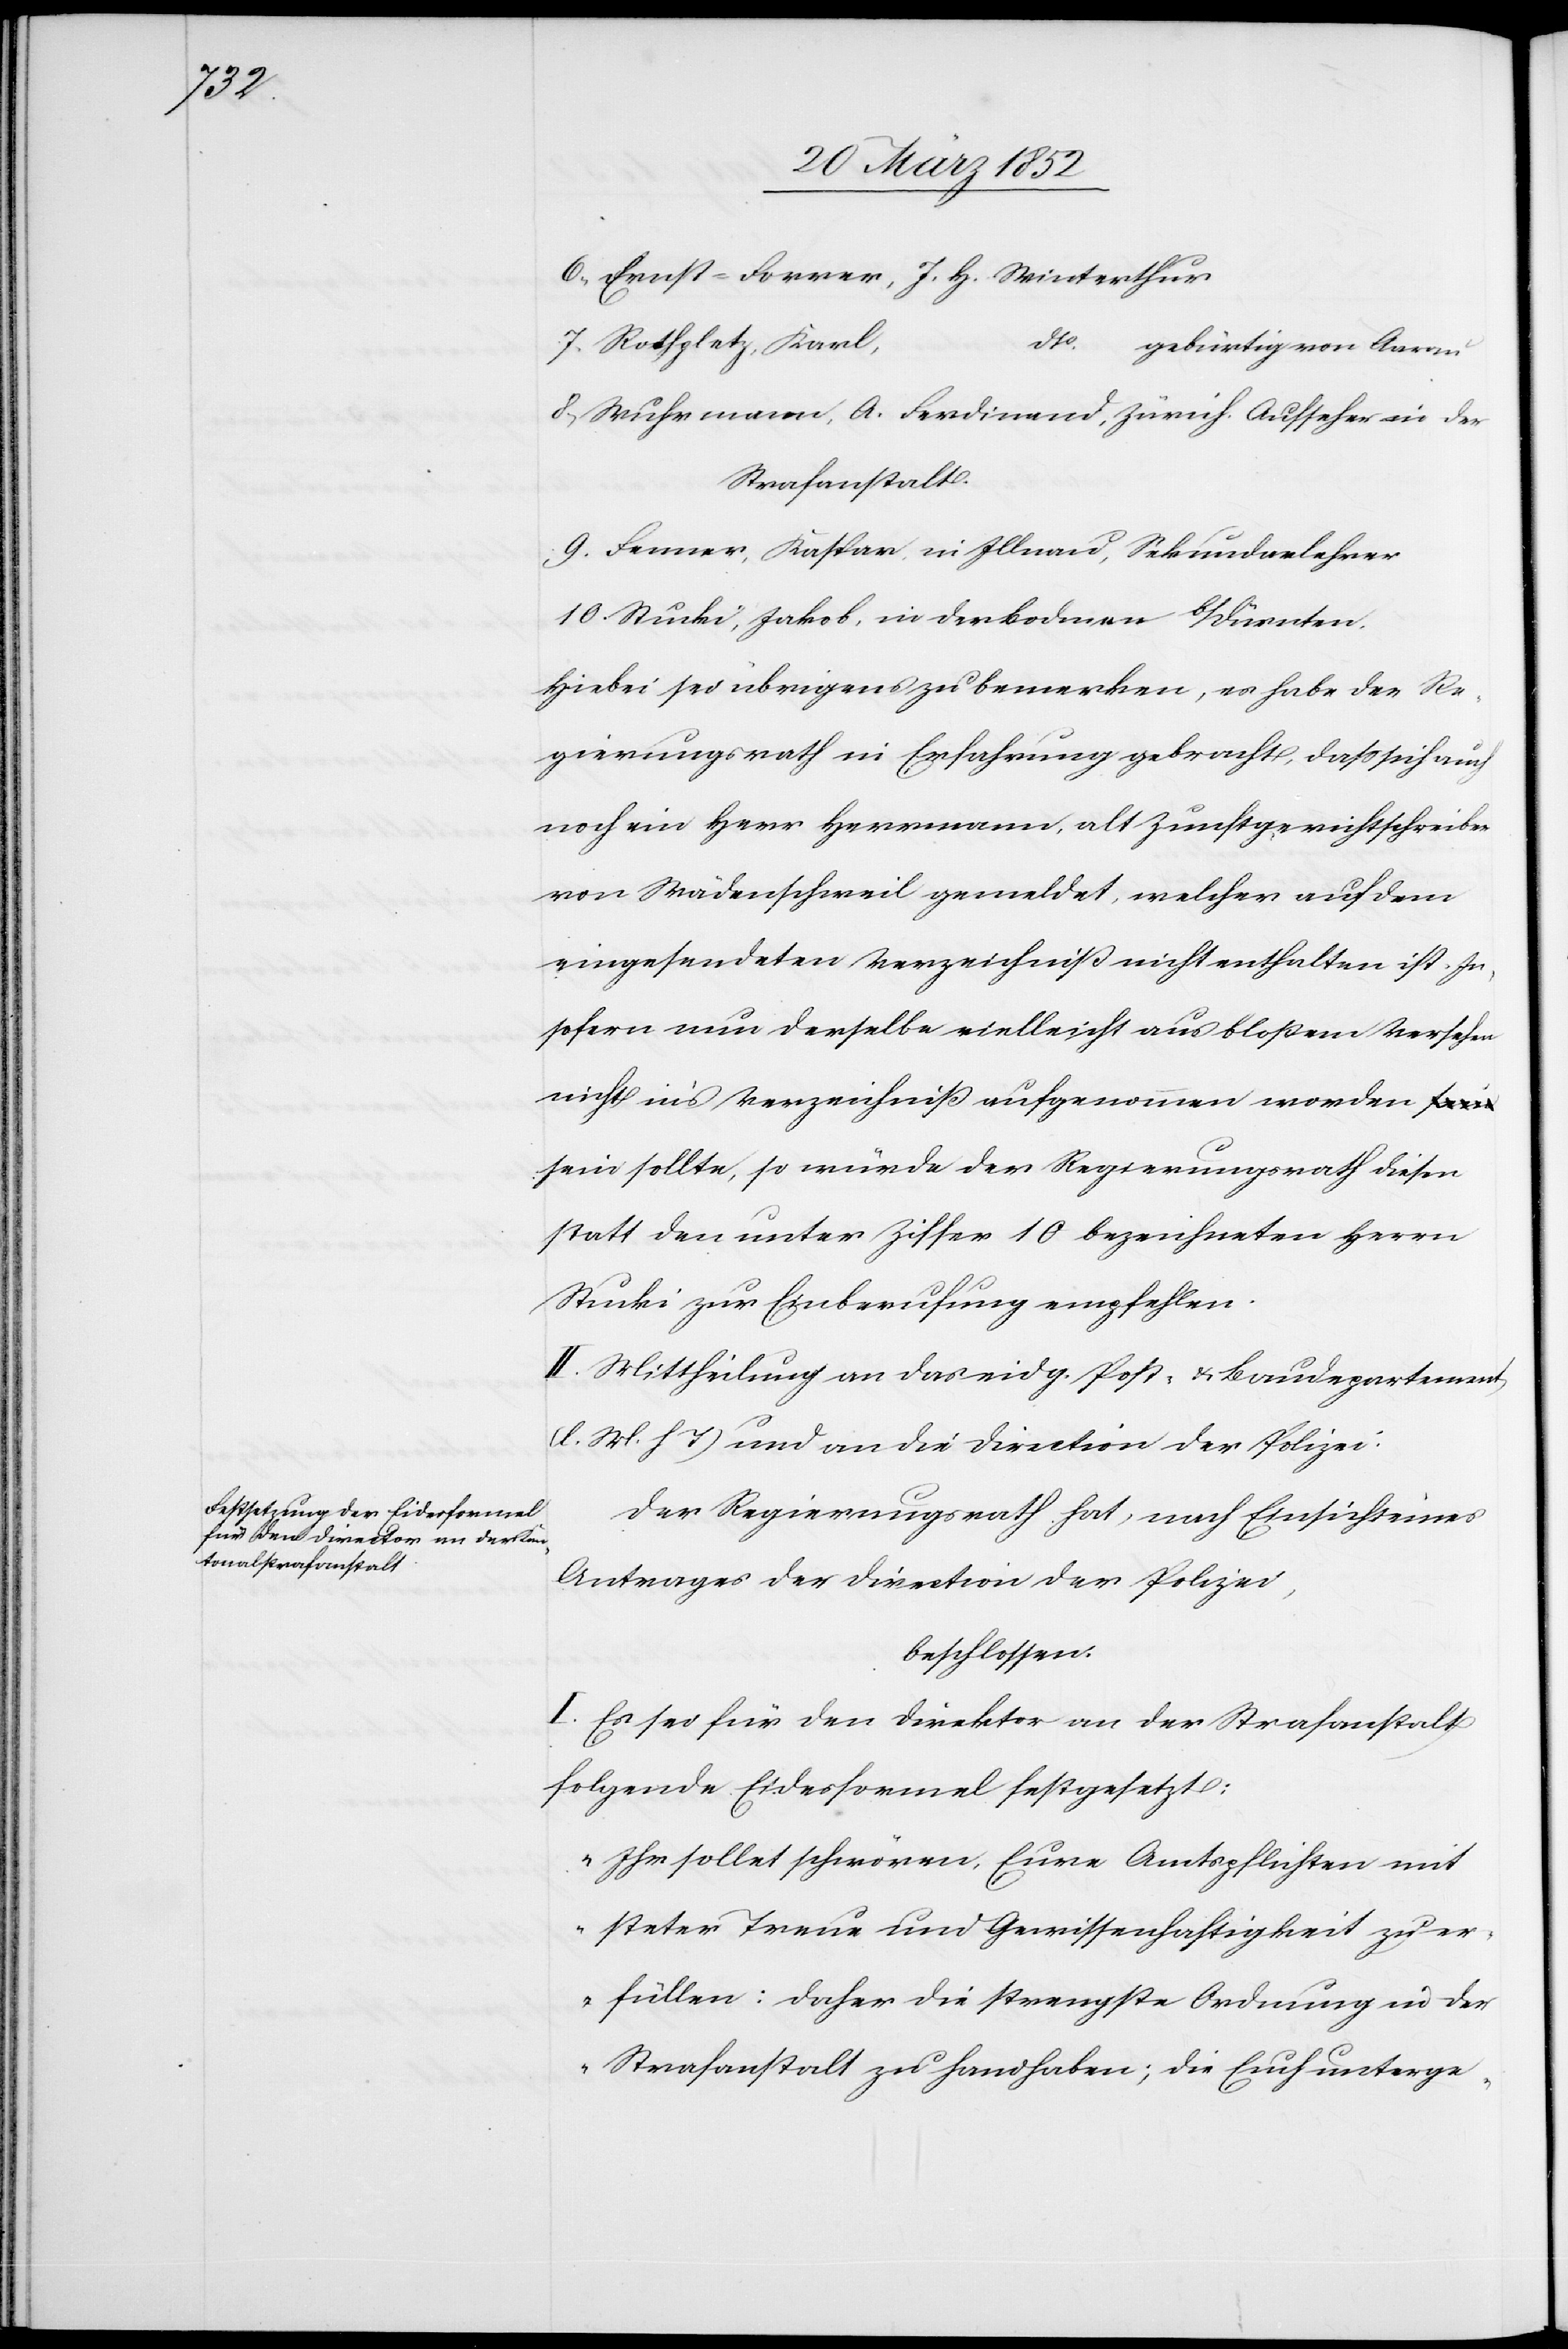
6) Ernst-Forrer, J. H. Winterthur
7) Rothpletz, Karl,
dto gebürtig von Aarau
8) Wuhrmann, A. Ferdinand, Zürich. Aufseher in der
Strafanstalt.
9) Fenner, Kaspar in Illnau, Sekundarlehrer
10) Stucki, Jakob, in der Bodmen b/Dürnten.
Hiebei sei übrigens zu bemerken, es habe der Re¬
gierungsrath in Erfahrung gebracht, daß sich auch
noch ein Herr Hermann, alt Zunftgerichtschreiber
von Wädenschweil gemeldet, welcher auf dem
eingesendeten Verzeichniß nicht enthalten ist. In¬
sofern nun derselbe vielleicht aus bloßem Versehen
nicht in’s Verzeichniß aufgenommen worden s¬
ein sollte, so würde der Regierungsrath diesen
statt den unter Ziffer 10 bezeichneten Herrn
Stucki zur Einberufung empfehlen.
II. Mittheilung an das eidg. Post- u. Baudepartement
(l. M. h T) und an Direction der Polizei.
Der Regierungsrath hat, nach Einsicht eines
Antrages der Direction der Polizei,
beschlossen.
I. Es sei für den Direktor an der Strafanstalt
folgende Eidesformel festgesetzt:
„Ihr sollet schwören, Eure Amtspflichten mit
steter Treue und Gewissenhaftigkeit zu er¬
füllen: Daher die strengste Ordnung in der
Strafanstalt zu handhaben; die Euch unterge-